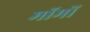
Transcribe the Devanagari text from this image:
मॉमों